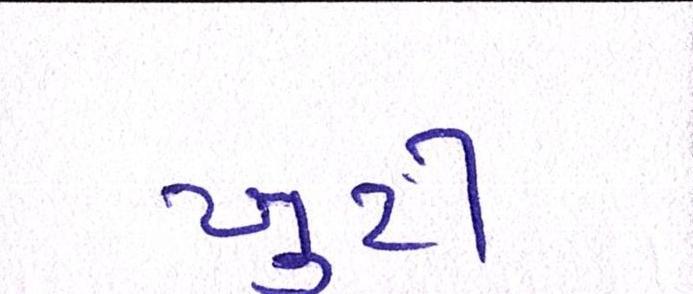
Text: ખુટી